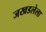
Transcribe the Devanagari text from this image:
जखडलेला